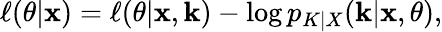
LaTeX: \ell(\theta|\mathbf x)=\ell(\theta|\mathbf x,\mathbf k)-\log p_{K|X}(\mathbf k|\mathbf x,\theta),